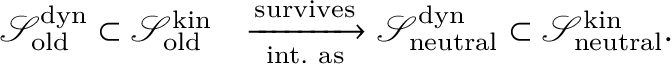
\begin{array} { r l } { \mathcal { S } _ { \mathrm { o l d } } ^ { \mathrm { d y n } } \subset \mathcal { S } _ { \mathrm { o l d } } ^ { \mathrm { k i n } } } & { \xrightarrow [ \mathrm { i n t . ~ a s } ] { \mathrm { s u r v i v e s } } \mathcal { S } _ { \mathrm { n e u t r a l } } ^ { \mathrm { d y n } } \subset \mathcal { S } _ { \mathrm { n e u t r a l } } ^ { \mathrm { k i n } } . } \end{array}